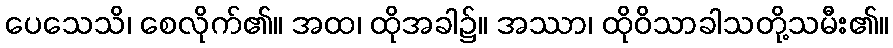
ပေသေသိ၊ စေလိုက်၏။ အထ၊ ထိုအခါ၌။ အဿာ၊ ထိုဝိသာခါသတို့သမီး၏။